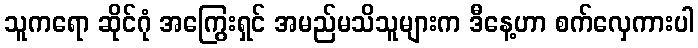
သူကရော ဆိုင်ဂုံ အကြွေးရှင် အမည်မသိသူများက ဒီနေ့ဟာ စက်လှေကားပါ